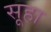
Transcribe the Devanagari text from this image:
सूहा